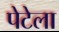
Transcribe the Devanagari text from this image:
पेटेला